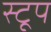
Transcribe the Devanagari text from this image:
स्टूप